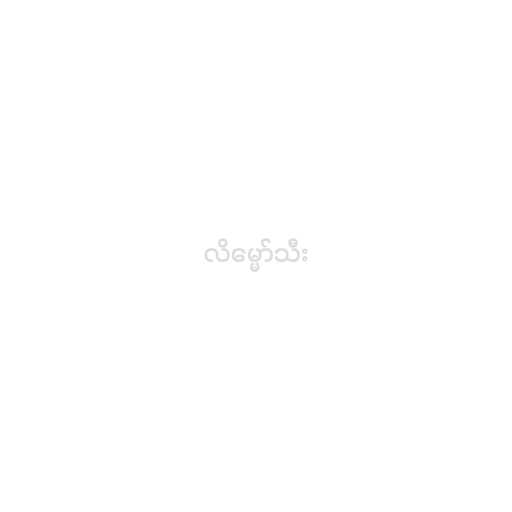
လိမ္မော်သီး